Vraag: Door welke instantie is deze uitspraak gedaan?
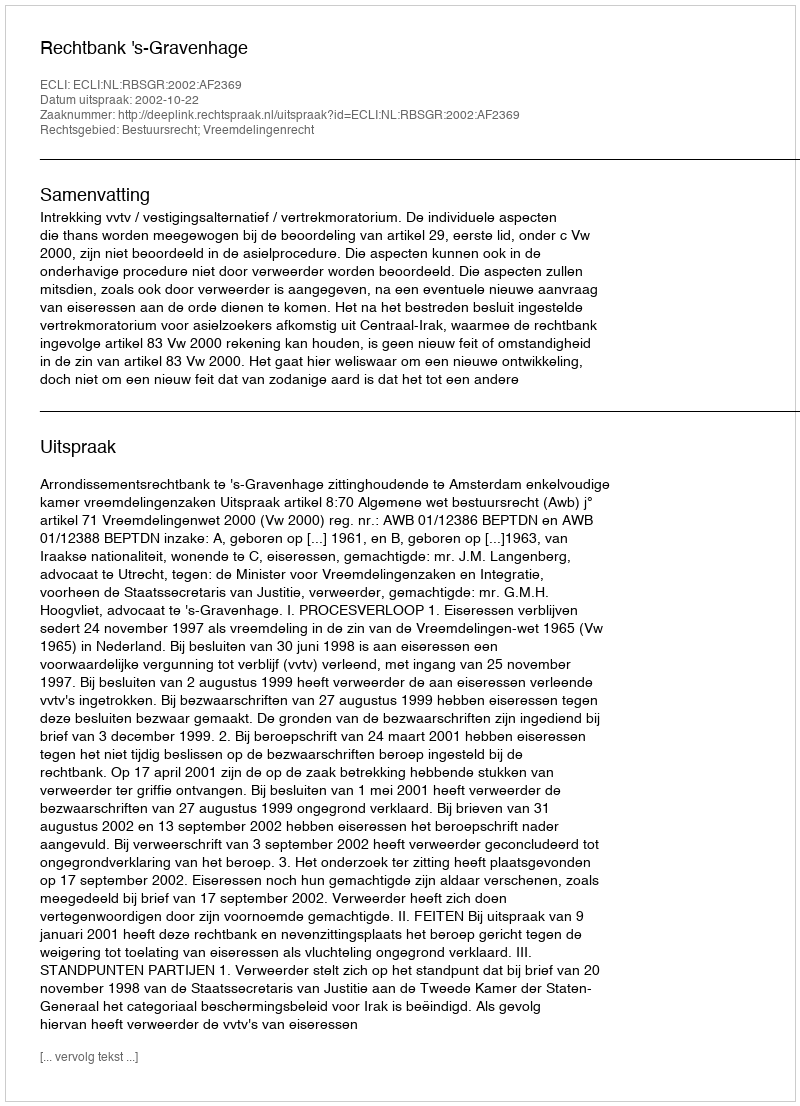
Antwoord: Rechtbank 's-Gravenhage